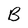
Character: B